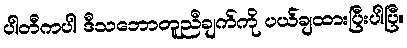
ပါတီကပါ ဒီသဘောတူညီချက်ကို ပယ်ချထားပြီးပါပြီ။